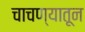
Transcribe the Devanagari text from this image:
चाचण्यातून